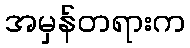
အမှန်တရားက